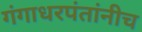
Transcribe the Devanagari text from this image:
गंगाधरपंतांनीच